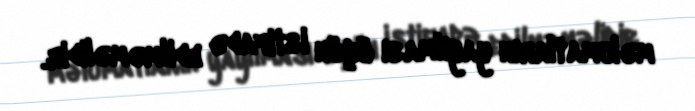
məlumatların yayılması üçün istifadə edilməməlidir.